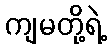
ကျမတို့ရဲ့